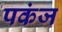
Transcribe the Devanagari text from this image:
पकंज